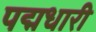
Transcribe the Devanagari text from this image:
पद्मधारी